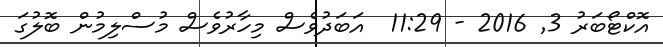
އޮކްޓޯބަރު 3